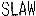
SLAW